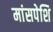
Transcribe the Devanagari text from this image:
मांसपेशि